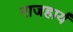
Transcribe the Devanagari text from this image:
राजहार्यं